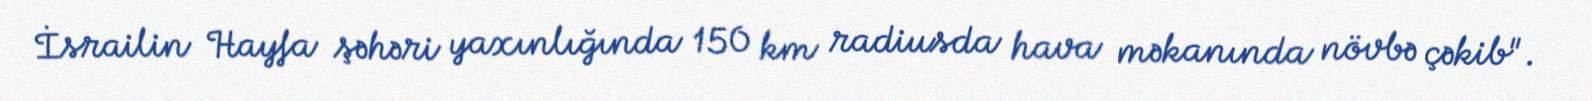
İsrailin Hayfa şəhəri yaxınlığında 150 km radiusda hava məkanında növbə çəkib".